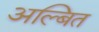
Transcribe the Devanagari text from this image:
अल्बित